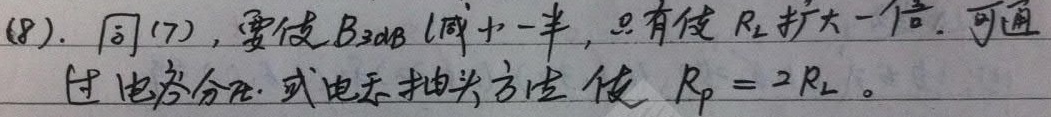
(8). 同(7)，要使\(B_{3\mathrm{dB}}\)减小一半，只有使 \(R_{L}\) 扩大一倍。可通过 电容分压 或 电感抽头方法使 \(R_{p}=2R_{L}\) 。